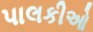
પાલકીઓ